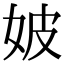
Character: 𡛡